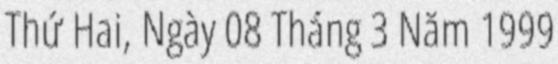
Thứ Hai, Ngày 08 Tháng 3 Năm 1999